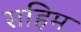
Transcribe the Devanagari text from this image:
सहिम